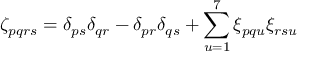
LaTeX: \zeta _ { p q r s } = \delta _ { p s } \delta _ { q r } - \delta _ { p r } \delta _ { q s } + \sum _ { u = 1 } ^ { 7 } \xi _ { p q u } \xi _ { r s u }